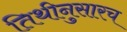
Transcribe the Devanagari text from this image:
तिथीनुसारच